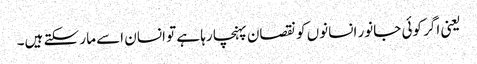
یعنی اگر کوئی جانور انسانوں کو نقصان پہنچا رہا ہے تو انسان اسے مار سکتے ہیں۔